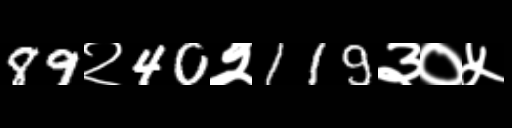
Text: 89२40२119३०५